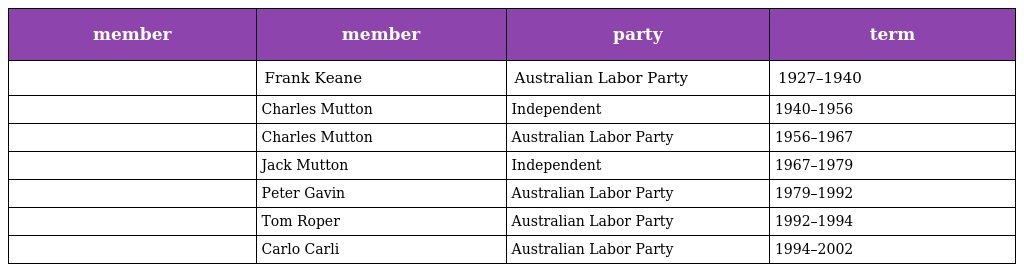
| member | member | party | term |
 | --- | --- | --- | --- |
 |  | Frank Keane | Australian Labor Party | 1927–1940 |
 |  | Charles Mutton | Independent | 1940–1956 |
 |  | Charles Mutton | Australian Labor Party | 1956–1967 |
 |  | Jack Mutton | Independent | 1967–1979 |
 |  | Peter Gavin | Australian Labor Party | 1979–1992 |
 |  | Tom Roper | Australian Labor Party | 1992–1994 |
 |  | Carlo Carli | Australian Labor Party | 1994–2002 |